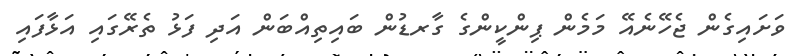
ވަށައިގެން ޖެހޭނެއޭ މަމެން ޕިންކީންގެ ގާރޑުން ބައިތިއްބަން އަދި ފަޅު ތެރޭގައި އަޅާފައި